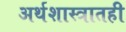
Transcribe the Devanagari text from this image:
अर्थशास्त्रातही